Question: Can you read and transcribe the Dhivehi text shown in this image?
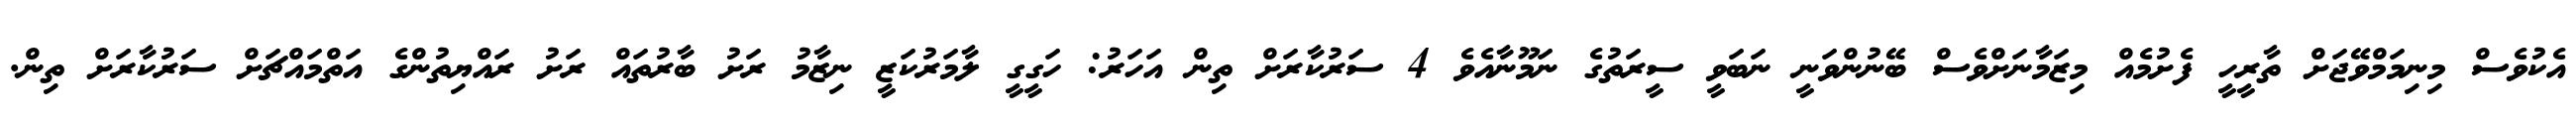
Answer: އެކުވެސް މިނިމަމްވޭޖަށް ތާރީހީ ފެށުމެއް މިޒަމާނަށްވެސް ބޭނުންވަނީ ނަބަވީ ސީރަތުގެ ނަމޫނާއެވެ 4 ސަރުކާރަށް ތިން އަހަރު: ހަގީގީ ލާމަރުކަޒީ ނިޒާމު ރަށު ބާރުތައް ރަށު ރައްޔިތުންގެ އަތްމައްޗަށް ސަރުކާރަށް ތިން.